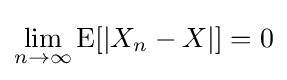
\lim _{n\to \infty }\operatorname {E} [|X_{n}-X|]=0